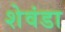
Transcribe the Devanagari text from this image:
शेवंडा